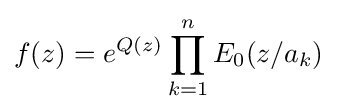
f(z)=e^{Q(z)}\prod _{k=1}^{n}E_{0}(z/a_{k})